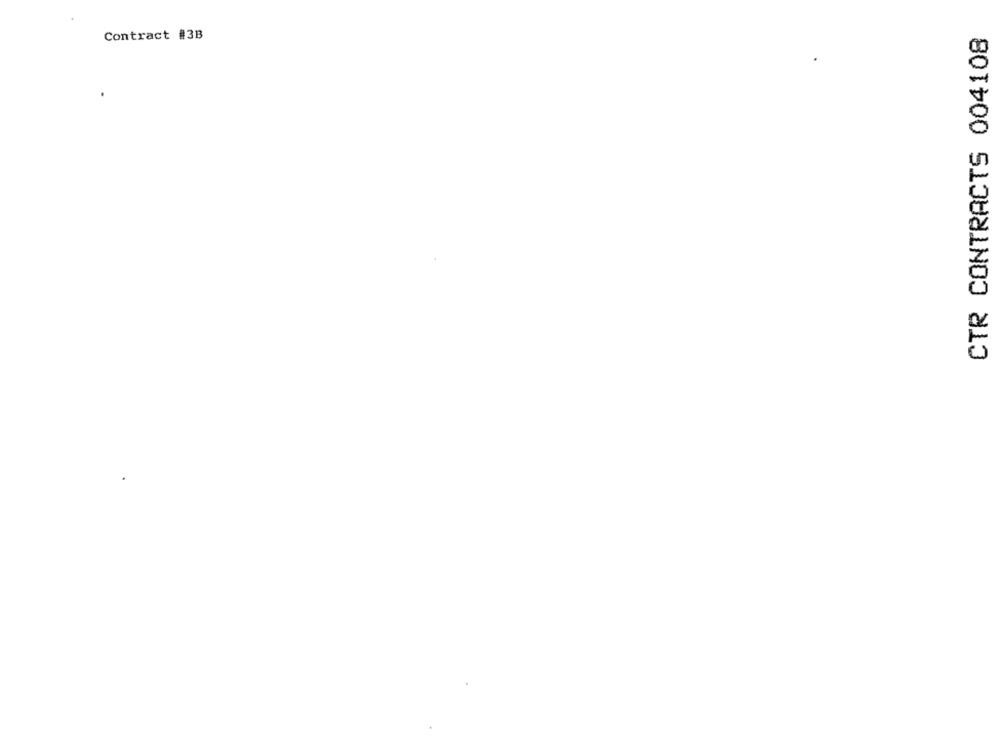
CTR CONTRACTS 004108
Contract #3B